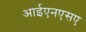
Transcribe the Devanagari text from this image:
आईएनएसए